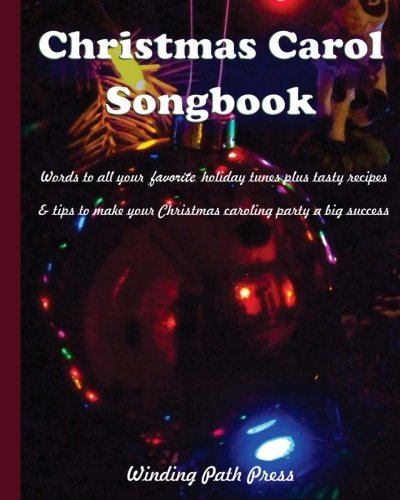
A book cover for Christmas Carol Songbook: Words to all your favorite holiday tunes plus tasty recipes  & tips to make your Christmas caroling party a big success; Jeanne Ellen Russell; Cookbooks, Food & Wine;